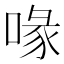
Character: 喙